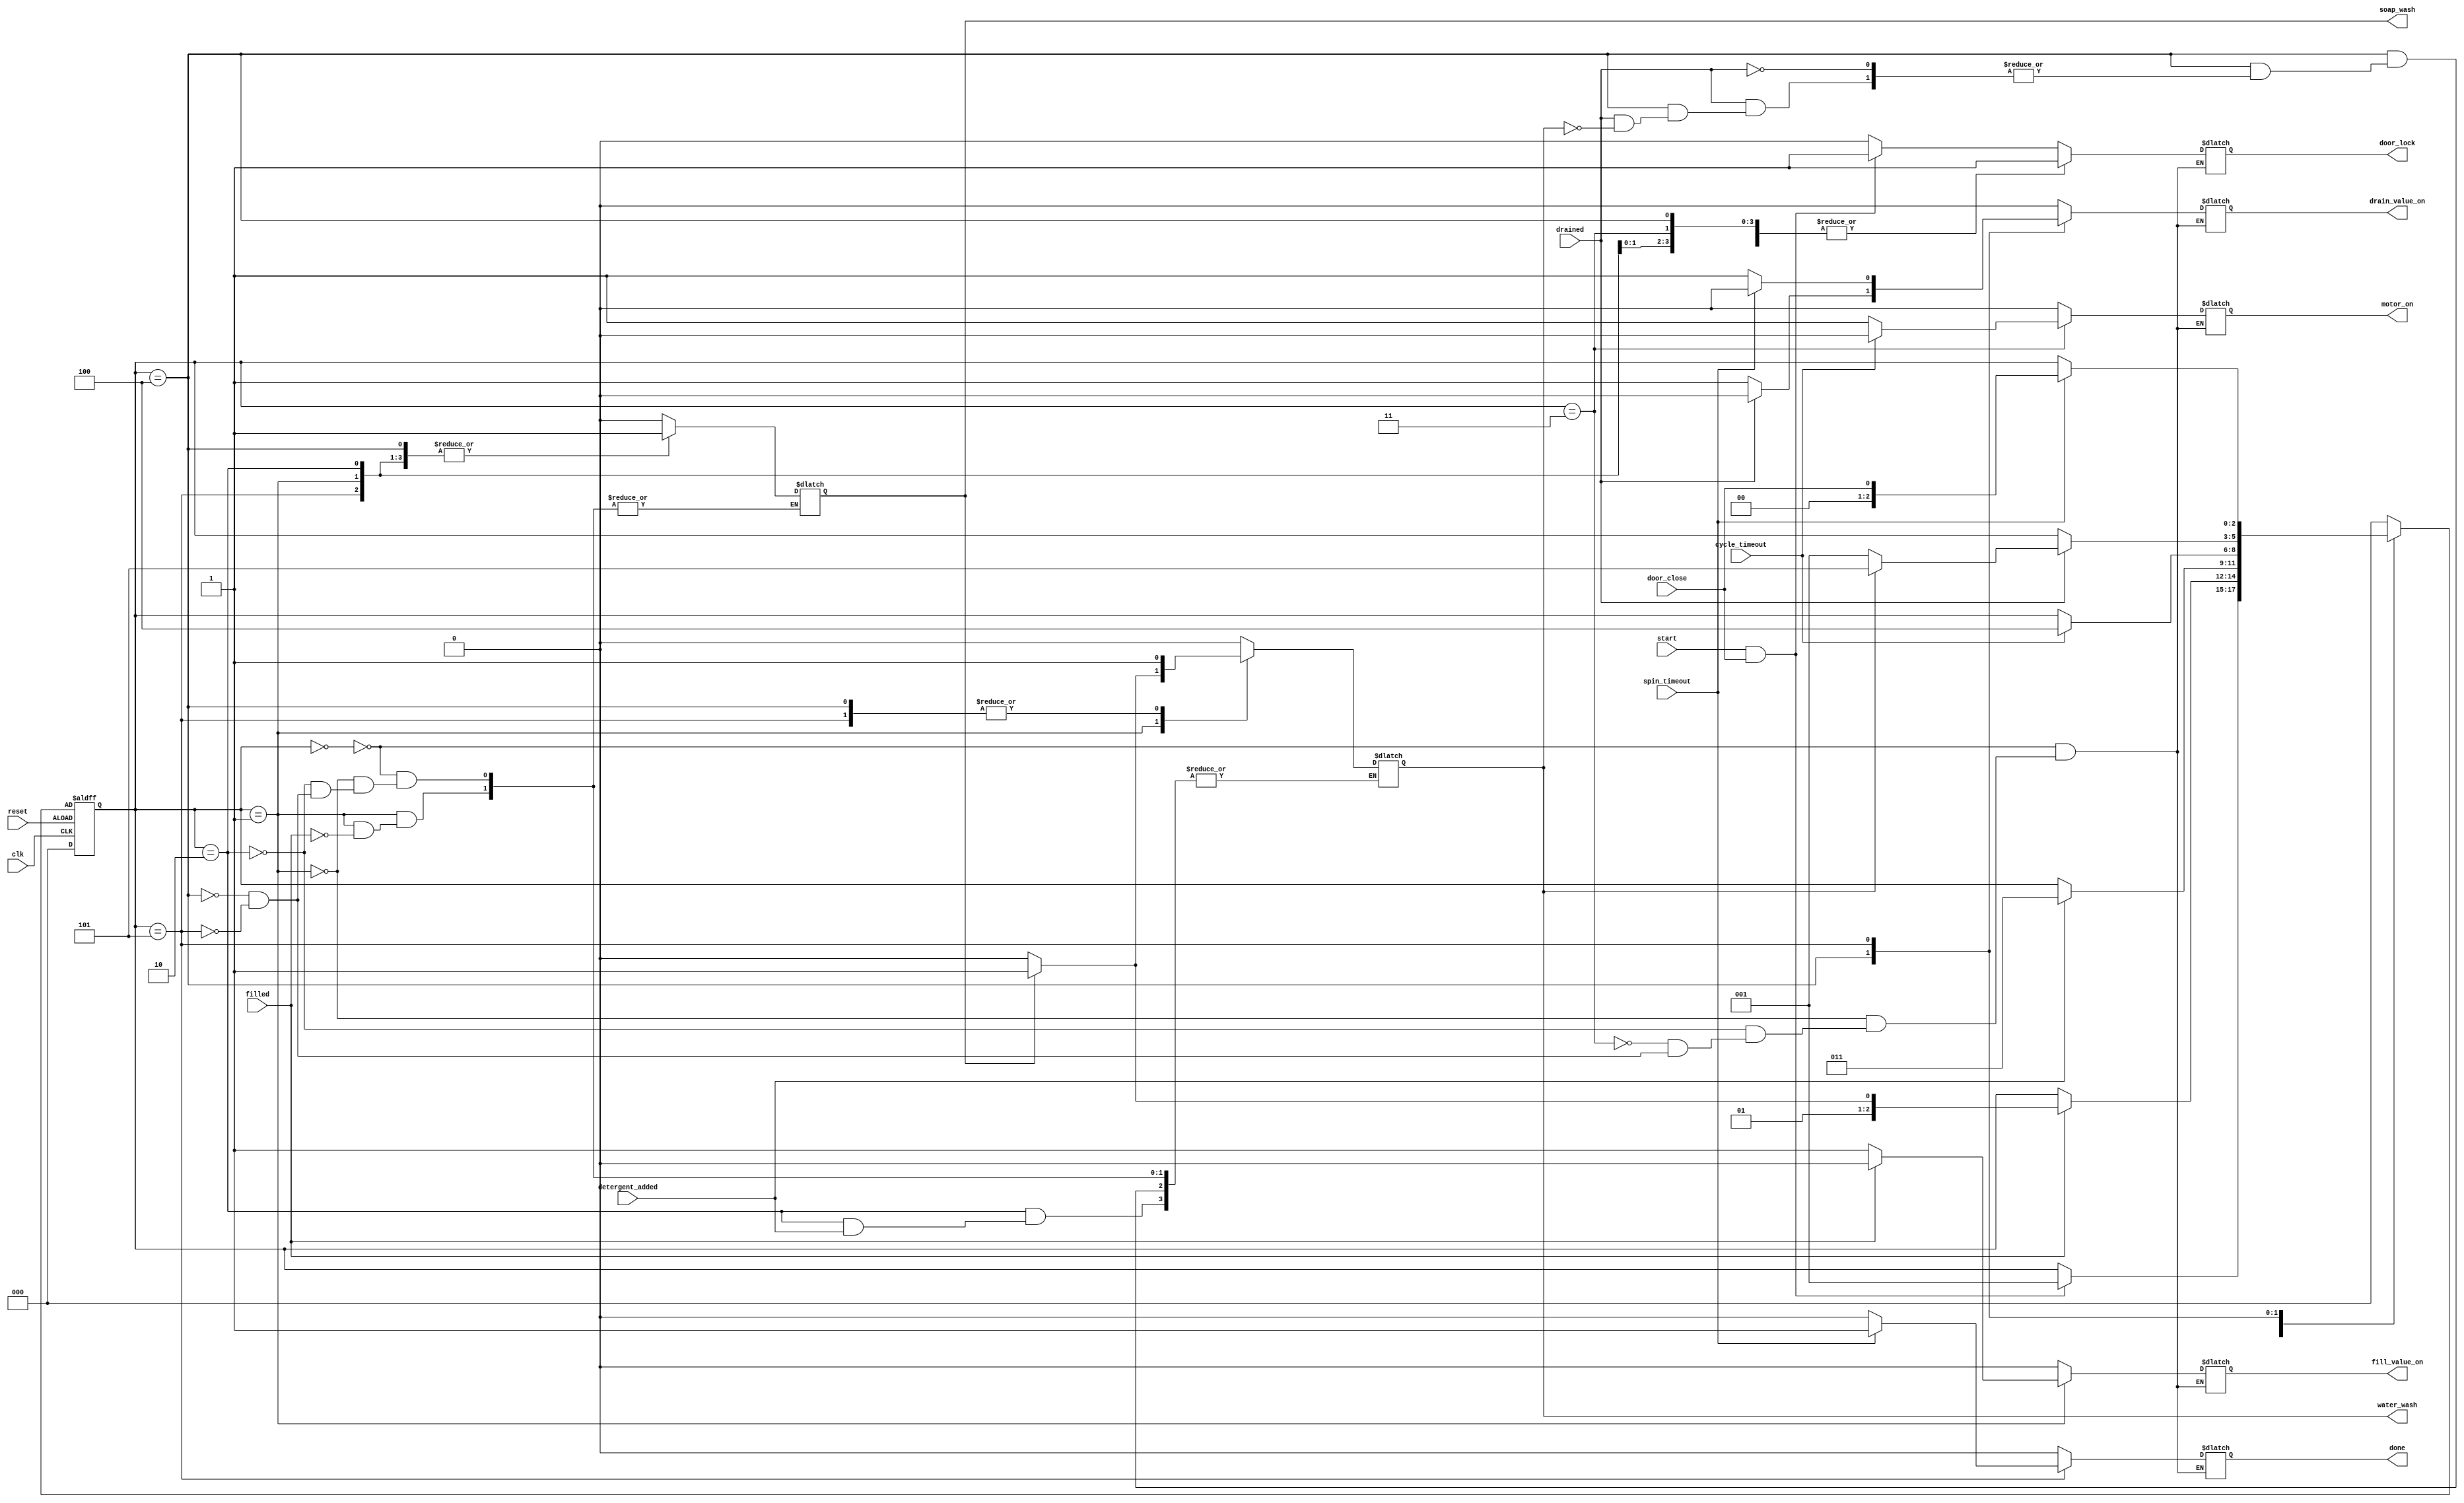
`timescale 10ns/1ps
module washing_ma(clk, reset, door_close, start, filled, detergent_added, cycle_timeout, drained, spin_timeout, door_lock, motor_on, fill_value_on, drain_value_on, done, soap_wash, water_wash );
input clk, reset, door_close, start, filled, detergent_added, cycle_timeout, drained, spin_timeout;
output reg  door_lock, motor_on, fill_value_on, drain_value_on, done, soap_wash, water_wash;

// defining states
parameter check_door = 3'b000;
parameter fill_water = 3'b001;
parameter add_detergent = 3'b010;
parameter cycle = 3'b011;
parameter drain_water = 3'b100;
parameter spin = 3'b101;

reg [2 : 0] current_state, next_state;

always@(current_state or start or door_close or filled or detergent_added or drained or cycle_timeout or spin_timeout)
begin 
    case(current_state)
    check_door:
    if(start == 1 && door_close == 1)
    begin
        next_state = fill_water;
        motor_on = 0;
        fill_value_on = 0;
        drain_value_on = 0;
        door_lock = 1;
        soap_wash = 0;
        water_wash = 0;
        done = 0;
    end
    else
        begin
            next_state = current_state;
            motor_on = 0;
            fill_value_on = 0;
            drain_value_on = 0;
            door_lock = 0;
            soap_wash = 0;
            water_wash = 0;
            done = 0;
        end
        fill_water:
        if(filled == 1)
        begin
            if( soap_wash == 0)
            begin
                next_state = add_detergent;
                motor_on = 0;
                fill_value_on = 0;
                drain_value_on = 0;
                door_lock = 1;
                soap_wash = 1;
                water_wash = 0;
                done = 0;
            end
            else
                begin
                    next_state = cycle;
                    motor_on = 0;
                    fill_value_on = 0;
                    drain_value_on = 0;
                    door_lock = 1;
                    soap_wash = 1;
                    water_wash = 1;
                    done = 0;
                end
            end
            else
                begin
                    next_state = current_state;
                    motor_on = 0;
                    fill_value_on = 1;
                    drain_value_on = 0;
                    door_lock = 1;
                    
                    done = 0;
                end
                add_detergent:
                if(detergent_added == 1)
                begin
                    next_state = cycle;
                    motor_on = 0;
                    fill_value_on = 0;
                    drain_value_on = 0;
                    door_lock = 1;
                    soap_wash = 1;
                    
                    done = 0;
                end
                else
                    begin
                        next_state = current_state;
                        motor_on = 0;
                        fill_value_on = 0;
                        drain_value_on = 0;
                        door_lock = 1;
                        soap_wash = 1;
                        water_wash = 0;
                        done = 0;
                    end
                    cycle:
                    if(cycle_timeout == 1)
                    begin
                        next_state = drain_water;
                        motor_on = 0;
                        fill_value_on = 0;
                        drain_value_on = 0;
                        door_lock = 1;
                        
                        
                        done = 0;
                    end
                    else
                        begin
                    next_state = current_state;
                    motor_on = 1;
                    fill_value_on = 0;
                    drain_value_on = 0;
                    door_lock = 1;
                    
                    done = 0;
                end
                drain_water:
                if(drained == 1)/////
                begin
                    if(water_wash == 0)
                    begin
                        next_state = fill_water;
                        motor_on = 0;
                        fill_value_on = 0;
                        drain_value_on = 0;
                        door_lock = 1;
                        soap_wash = 1;
                        
                        done = 0;
                    end
                    else
                        begin
                            next_state = spin;
                            motor_on = 0;
                            fill_value_on = 0;
                            drain_value_on = 0;
                            door_lock = 1;
                            soap_wash = 1;
                            water_wash = 1;
                            done = 0;
                        end
                    end
                        else
                            begin
                                next_state = current_state;
                                motor_on = 0;
                                fill_value_on = 0;
                                drain_value_on = 1;
                                door_lock = 1;
                                soap_wash = 1;
                                
                                done = 0;
                            end
                        
                            spin:
                            if(spin_timeout == 1)
                            begin
                                next_state = door_close;
                                motor_on = 0;
                                fill_value_on = 0;
                                drain_value_on = 0;
                                door_lock = 1;
                                soap_wash = 1;
                                water_wash = 1;
                                done = 1;
                            end
                            else
                                begin
                                    next_state = current_state;
                                    motor_on = 0;
                                    fill_value_on = 0;
                                    drain_value_on = 1;
                                    door_lock = 1;
                                    soap_wash = 1;
                                    water_wash = 1;
                                    done = 0;
                                end
                                default :
                                next_state = check_door;
    endcase
end
always @(posedge clk or negedge reset)
begin
    if(reset)
    begin
        current_state <= 3'b000;
    end
    else
        begin
            current_state <= next_state;
        end
    end

endmodule